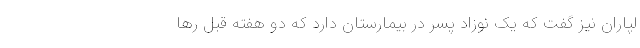
لپاران نیز گفت که یک نوزاد پسر در بیمارستان دارد که دو هفته قبل رها